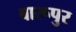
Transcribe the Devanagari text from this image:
बारूपुर